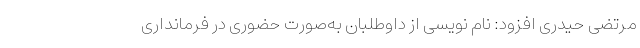
مرتضی حیدری افزود: نام نویسی از داوطلبان به‌صورت حضوری در فرمانداری